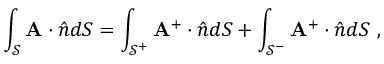
\int _ { \mathcal { S } } \mathbf { A } \cdot \hat { \boldsymbol { n } } d S = \int _ { \mathcal { S } ^ { + } } \mathbf { A } ^ { + } \cdot \hat { \boldsymbol { n } } d S + \int _ { \mathcal { S } ^ { - } } \mathbf { A } ^ { + } \cdot \hat { \boldsymbol { n } } d S ~ ,